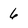
Character: 6